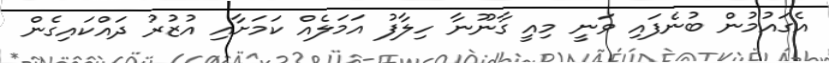
އެގައުމުން ބުނެފައި ވަނީ މިއީ ގާނޫނާ ހިލާފު އަމަލެއް ކަމަށާއި އުޒުރު ދައްކައިގެން